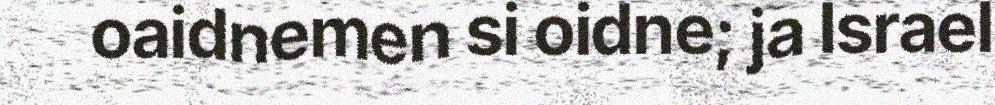
oaidnemen si oidne; ja Israel